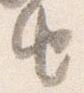
由